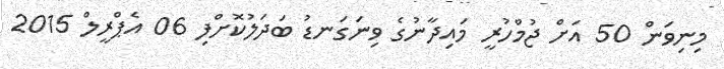
މިނިވަން 50 އަށް ޖުމްހުރީ މައިދާނުގެ ވިނަގަނޑު ބަދަލުކޮށްފި 06 އެޕްރީލް 2015